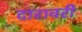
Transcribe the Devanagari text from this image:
दारावरी